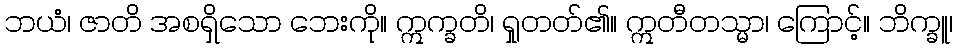
ဘယံ၊ ဇာတိ အစရှိသော ဘေးကို။ ဣက္ခတိ၊ ရှုတတ်၏။ ဣတီတသ္မာ၊ ကြောင့်။ ဘိက္ခူ၊